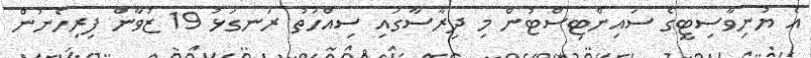
އެ ޔުނިވާސިޓީގެ ސައިންޓިސްޓުން މި ދިރާސާގައި ސިއްހަތު ރަނގަޅު 19 ޒުވާން ފިރިހެނުން